Report on vaccination North-West Frontier Province 1904-1922 - 1904-1922
Year: 1904
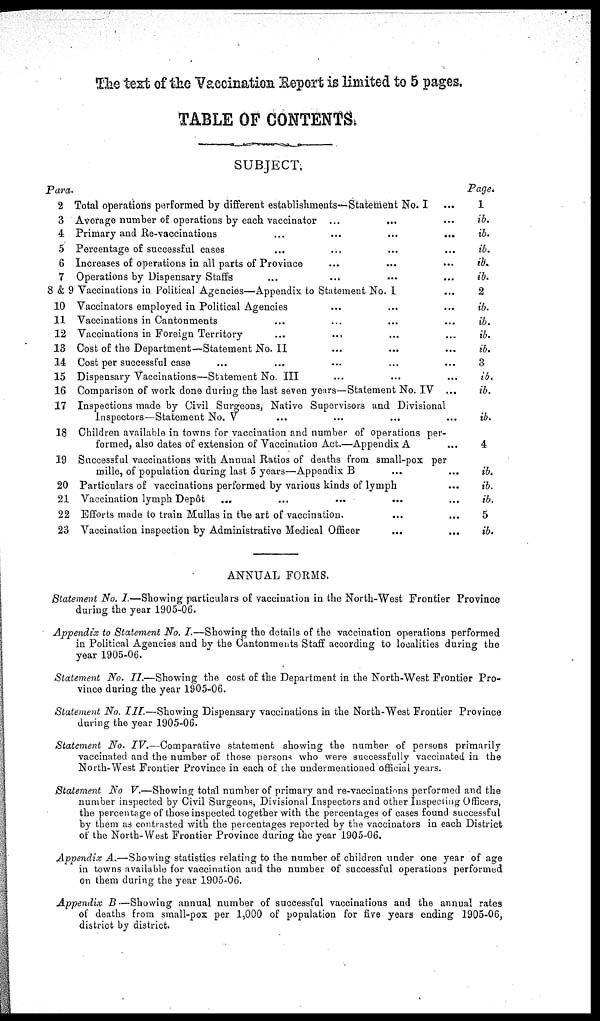
The text of the Vaccination Report is limited to 5 pages.
TABLE OF CONTENTS.
SUBJECT.
Para.
2
3
4
5
6
7
8 & 9
10
11
12
13
14
15
16
17
18
19
20
21
22
23
Total operations performed by different establishments—Statement No. I ...
Average number of operations by each vaccinator ... ... ...
Primary and Re-vaccinations ... ...
Percentage of successful cases ... ...
Increases of operations in all parts of Province ... ...
Operations by Dispensary Staffs ... ... ...
Vaccinations in Political Agencies—Appendix to Statement No. I ...
Vaccinators employed in Political Agencies ... ... ... ...
Vaccinations in Cantonments ... ... ...
Vaccinations in Foreign Territory ... ... ...
Cost of the Department—Statement No. II ...
Cost per successful case ... ...
Dispensary Vaccinations—Statement No. III ... ...
Comparison of work done during the last seven years—Statement No. IV ...
Inspections made by Civil Surgeons, Native Supervisors and Divisional
Inspectors—Statement No. V ... ... ...
Children available in towns for vaccination and number of operations per-
formed, also dates of extension of Vaccination Act.—Appendix A ...
Successful vaccinations with Annual Ratios of deaths from small-pox per
mille, of population during last 5 years—Appendix B ... ... ...
Particulars of vaccinations performed by various kinds of lymph ...
Vaccination lymph Depôt ... ... ...
Efforts made to train Mullas in the art of vaccination. ... ...
Vaccination inspection by Administrative Medical Officer ... ... ...
Page.
1
ib.
ib.
ib.
ib.
ib.
2
ib.
ib.
ib.
ib.
3
id.
ib.
ib.
4
ib.
ib.
ib.
5
ib.
ANNUAL FORMS.
Statement No. I.—Showing particulars of vaccination in the North-West Frontier Province
during the year 1905-06. ... ... ... ...
Appendix to Statement No. I.—Showing the details of the vaccination operations performed
in Political Agencies and by the Cantonments Staff according to localities during the
year 1905-06. ... ... ... ...
Statement No. II.—Showing the cost of the Department in the North-West Frontier Pro-
vince during the year 1905-06. ... ... ... ...
Statement No. III.—Showing Dispensary vaccinations in the North-West Frontier Province
during the year 1905-06. ... ... ... ...
Statement No. IV.—Comparative
statement showing the number of persons primarily
vaccinated and the number of those persons who were successfully vaccinated in the
North-West Frontier Province in each of the undermentioned official years.
Statement No V.—Showing total number of primary and re-vaccinations performed and the
number inspected by Civil Surgeons, Divisional Inspectors and other Inspecting Officers,
the percentage of those inspected together with the percentages of cases found successful
by them as contrasted with the percentages reported by the vaccinators in each District
of the North-West Frontier Province during the year 1905-06.
Appendix A.—Showing statistics relating to the number of children under one year of age
in towns available for vaccination and the number of successful operations performed
on them during the year 1905-06. ...
Appendix B —Showing annual number of successful vaccinations and the annual rates
of deaths from small-pox per 1,000 of population for five years ending 1905-06,
district by district.